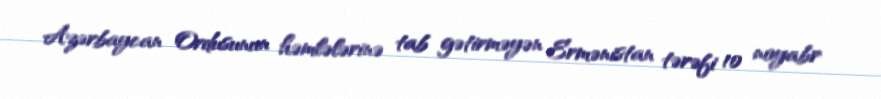
Azərbaycan Ordusunun həmlələrinə tab gətirməyən Ermənistan tərəfi 10 noyabr